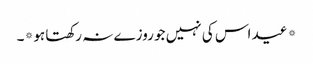
*عید اس کی نہیں جو روزے نہ رکھتا ہو*۔